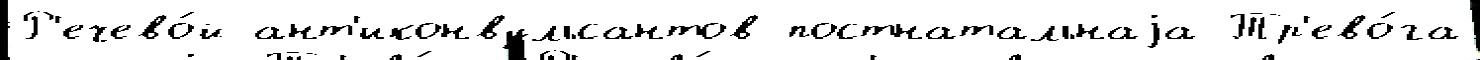
Р'ечево́й ант'иконвульсантов постнатальнаjа Тр'ево́га